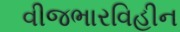
વીજભારવિહીન